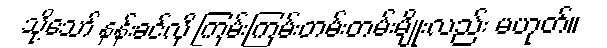
သို့သော် နန်းခင်လို ကြမ်းကြမ်းတမ်းတမ်းမျိုးလည်း မဟုတ်။